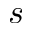
s